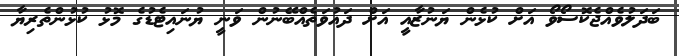
ބަދަލުވެއްޖެކޮސޯވޯ އަށް ކުޅެން ޔަނުޒާއީ އަށް ދައުވަތެއްބޭނުން ވަނީ ޔުނައިޓެޑުގެ މޮޅު ކުޅުންތެރިޔާ